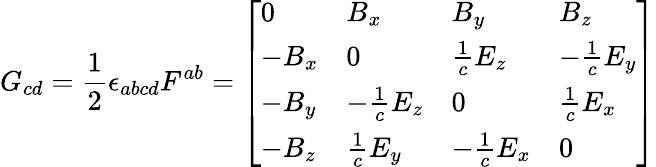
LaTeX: G_{cd}={\frac{1}{2}}\epsilon_{abcd}F^{ab}={\left[\begin{array}{llll}{0}&{B_{x}}&{B_{y}}&{B_{z}}\\ {-B_{x}}&{0}&{{\frac{1}{c}}E_{z}}&{-{\frac{1}{c}}E_{y}}\\ {-B_{y}}&{-{\frac{1}{c}}E_{z}}&{0}&{{\frac{1}{c}}E_{x}}\\ {-B_{z}}&{{\frac{1}{c}}E_{y}}&{-{\frac{1}{c}}E_{x}}&{0}\end{array}\right]}